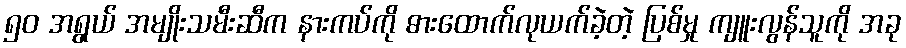
၅၀ အရွယ် အမျိုးသမီးဆီက နားကပ်ကို ဓားထောက်လုယက်ခဲ့တဲ့ ပြစ်မှု ကျူးလွန်သူကို အခု